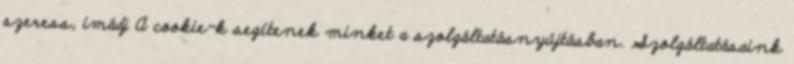
szeress, imádj A cookie-k segítenek minket a szolgáltatásnyújtásban. Szolgáltatásaink